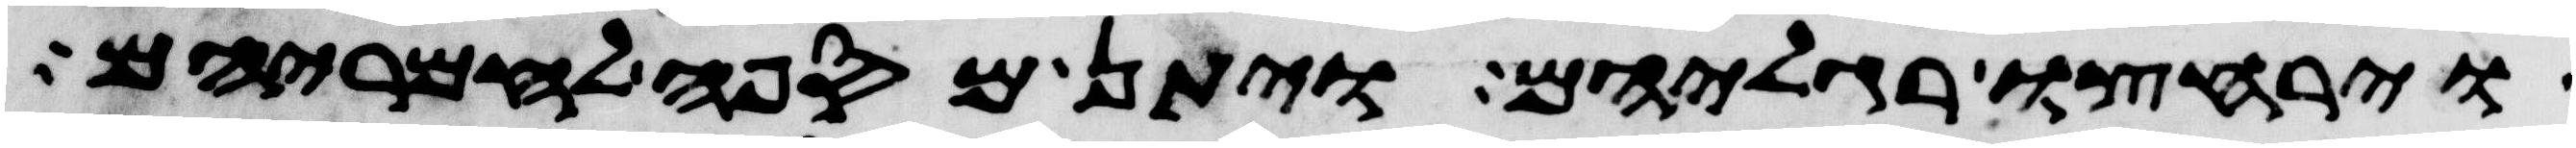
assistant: וירחצו רגליהם ויתן מספה לחמריהם